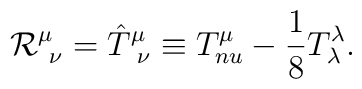
{\cal R}^{\mu}_{\ \nu} = {\hat{T}}^{\mu}_{\ \nu} \equiv T^{\mu}_{\\nu} - {\frac{1}{8}} T^\lambda_\lambda .